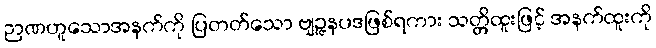
ဉာဏဟူသောအနက်ကို ပြတတ်သော ဗျဉ္ဇနပဒဖြစ်ရကား သတ္တိထူးဖြင့် အနက်ထူးကို